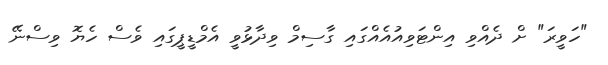
"ހަވީރަ" ށް ދެއްވި އިންޓަވިއުއެއްގައި ގާސިމް ވިދާޅުވީ އެމްޑީޕީގައި ވެސް ހެޔޮ ވިސްނޭ